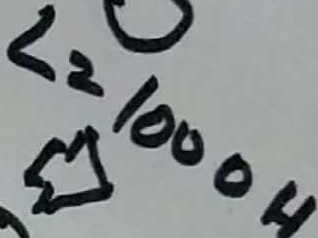
Text: L=1000H